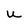
Character: u